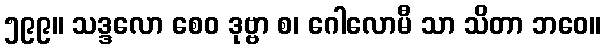
၅၉၉။ သဒ္ဒလော စေဝ ဒုဗ္ဗာ စ၊ ဂေါလောမီ သာ သိတာ ဘဝေ။